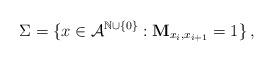
LaTeX: \begin{align*}\Sigma = \{x \in \mathcal{A}^{\mathbb{N} \cup \{0\}} : \textbf{M}_{x_i, x_{i+1}} = 1\} \,,\end{align*}